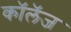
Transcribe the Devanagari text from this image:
कॉलॅज